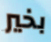
بخير